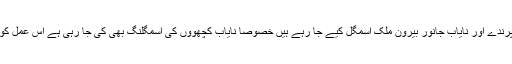
سندھ ہائیکورٹ میں اینیمل ویلفیئر سوسائٹی کی جانب سے درخواست دائر کی گئی تھی کہ قیمتی پرندے اور نایاب جانور بیرون ملک اسمگل کیے جا رہے ہیں خصوصا نایاب کچھووں کی اسمگلنگ بھی کی جا رہی ہے اس عمل کو روکا جائے، درخواست کی سماعت جسٹس سجاد علی شاہ کی سربراہی میں دو رکنی بنچ نے کی۔